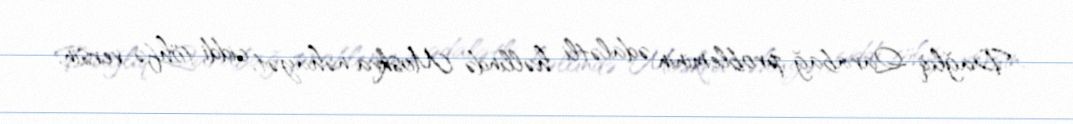
Dağlıq Qarabağ probleminin ədalətli həllində Moskva nəhayət, ciddi töhfə versin.